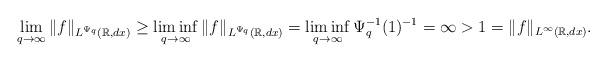
LaTeX: \begin{align*} \lim_{q\rightarrow\infty}\|f\|_{L^{\Psi_q}(\mathbb{R},dx)}\geq\liminf_{q\rightarrow\infty}\|f\|_{L^{\Psi_q}(\mathbb{R},dx)}=\liminf_{q\rightarrow\infty}\Psi_q^{-1}(1)^{-1}=\infty>1= \|f\|_{L^\infty(\mathbb{R},dx)}.\end{align*}